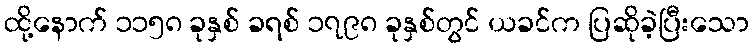
ထို့နောက် ၁၁၅၈ ခုနှစ် ခရစ် ၁၇၉၈ ခုနှစ်တွင် ယခင်က ပြဆိုခဲ့ပြီးသော